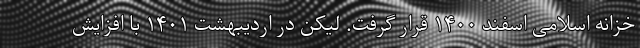
خزانه اسلامی اسفند ۱۴۰۰ قرار گرفت. لیکن در اردیبهشت ۱۴۰۱ با افزایش